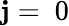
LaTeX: \mathbf{j}=~0